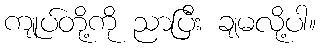
ကျုပ်တို့ကို ညာပြီး ချမလို့ပါ။